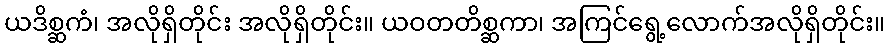
ယဒိစ္ဆကံ၊ အလိုရှိတိုင်း အလိုရှိတိုင်း။ ယဝတတိစ္ဆကာ၊ အကြင်ရွေ့လောက်အလိုရှိတိုင်း။